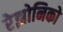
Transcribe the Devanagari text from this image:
रेझोनिको